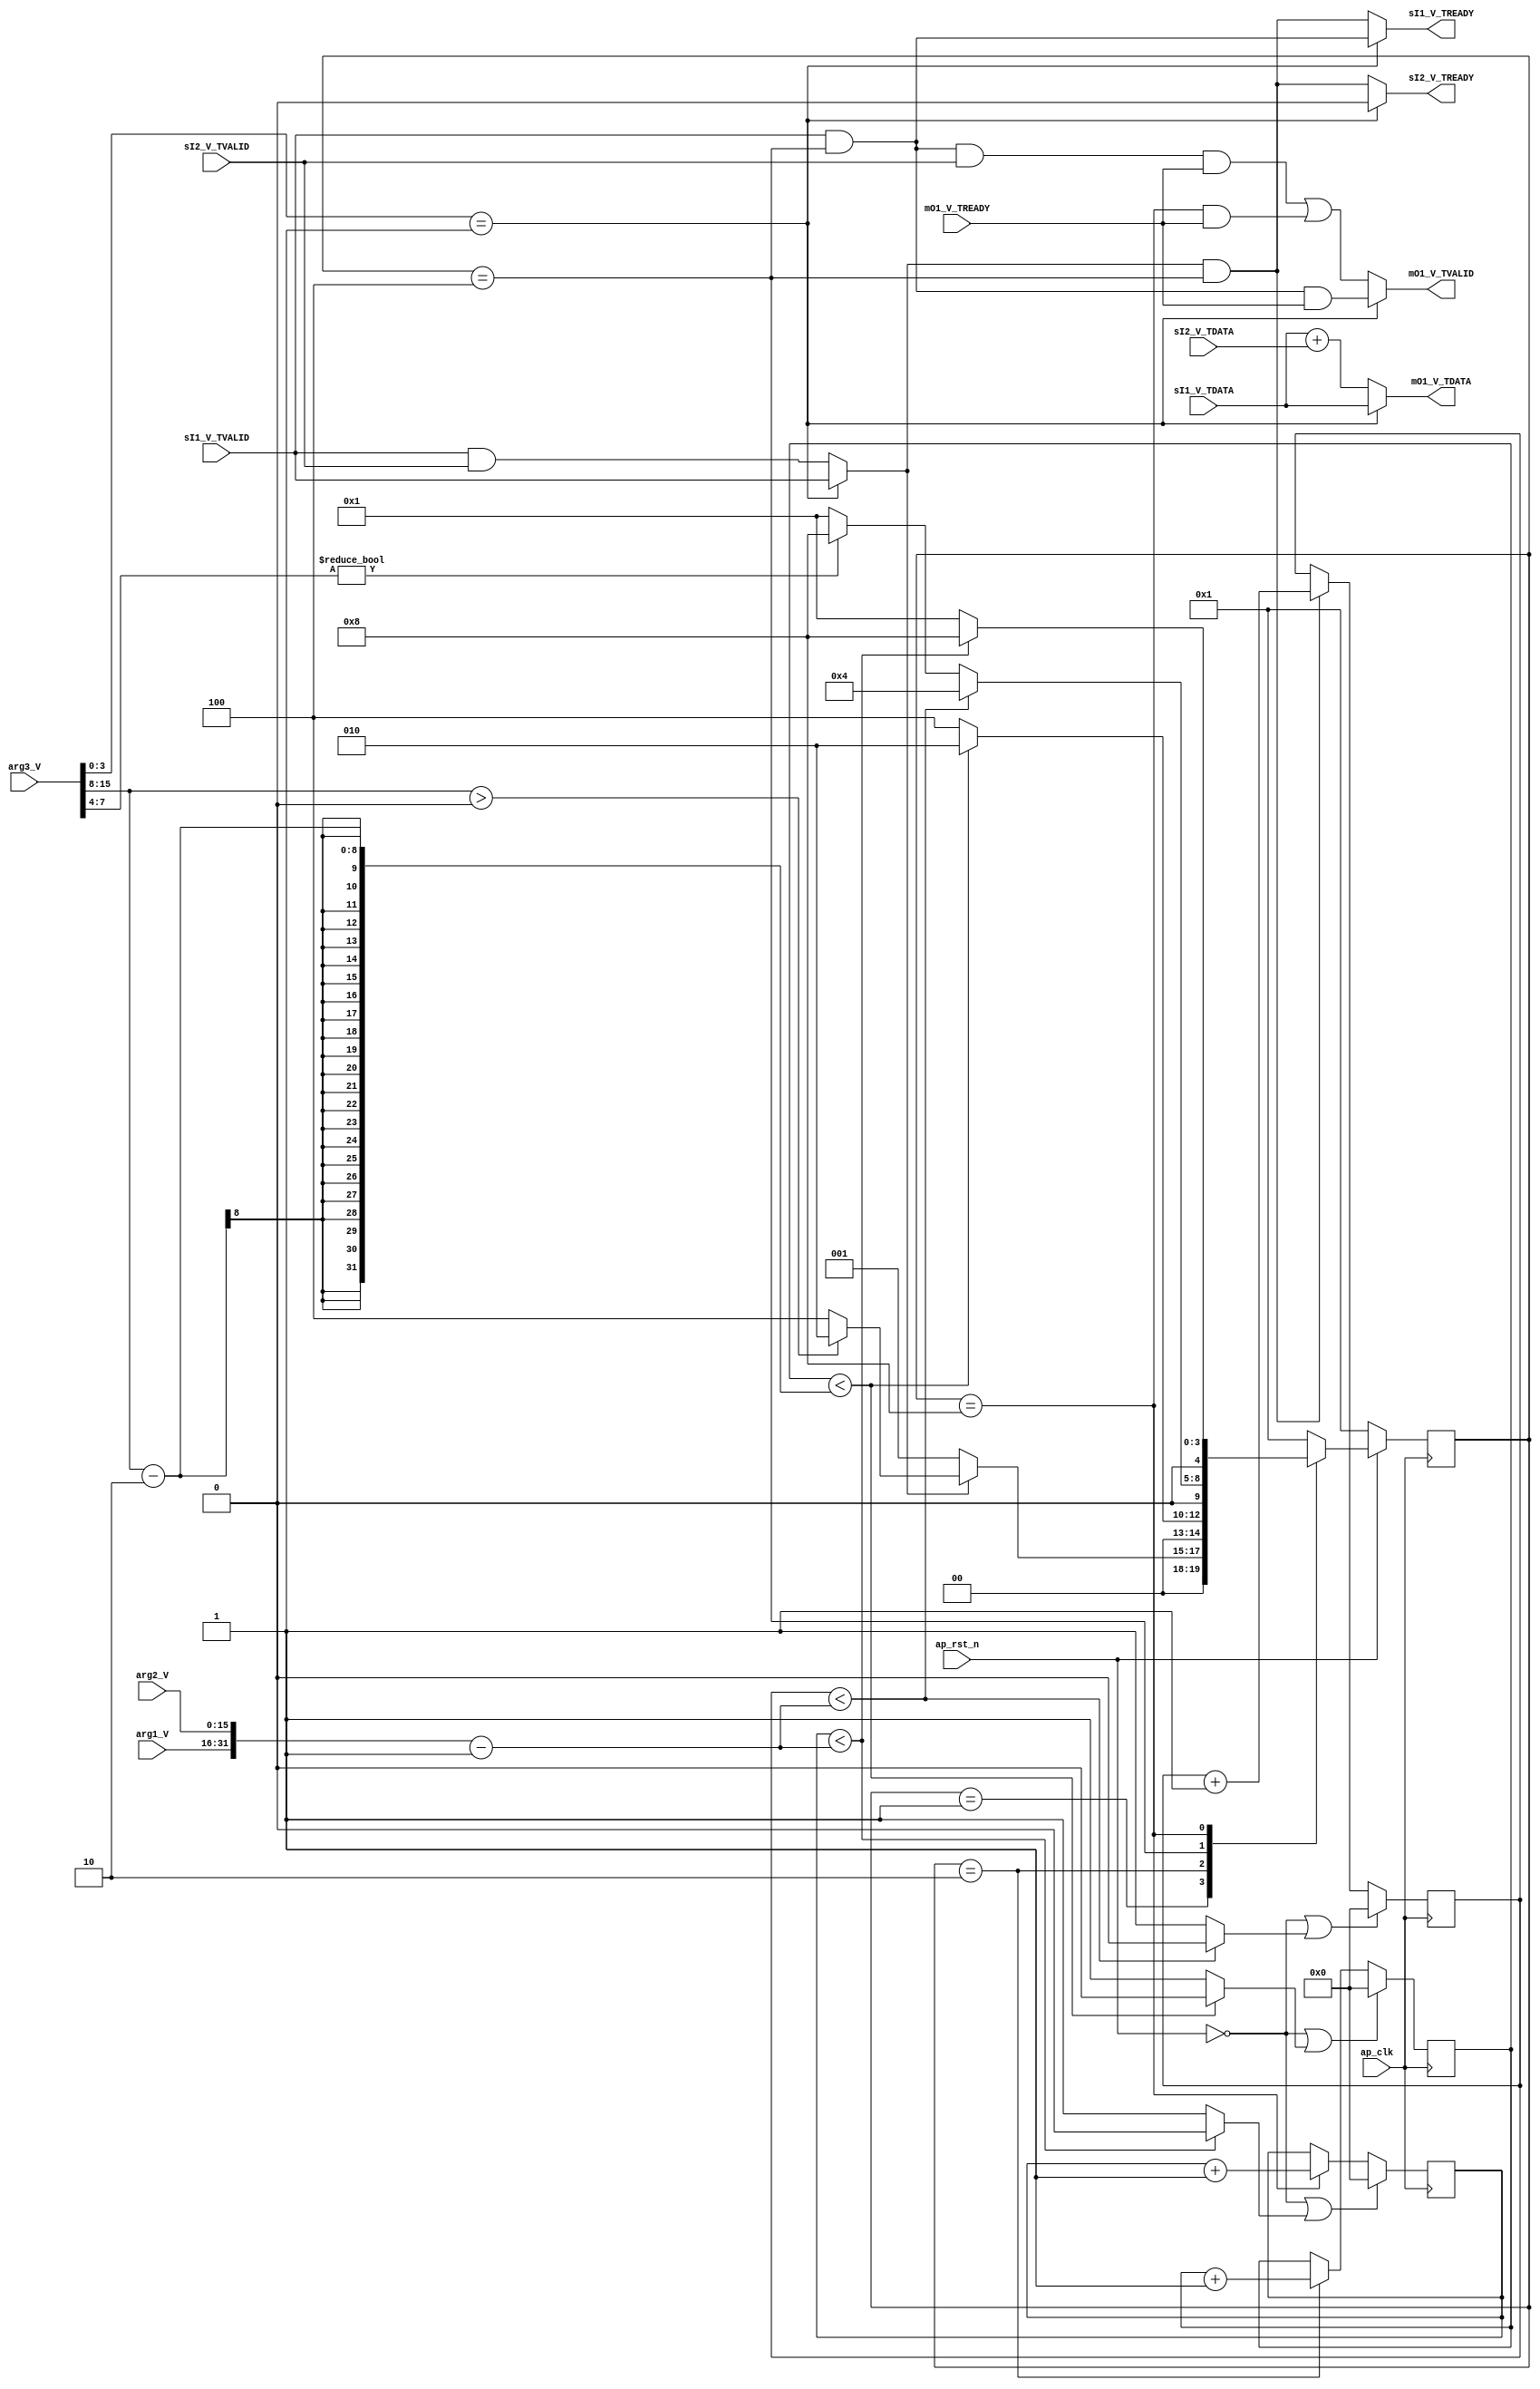
module jit_blackbox(
  output wire             sI1_V_TREADY  ,
  input  wire             sI1_V_TVALID  ,
  input  wire  [31 : 0]   sI1_V_TDATA   ,

  output wire             sI2_V_TREADY  ,
  input  wire             sI2_V_TVALID  ,
  input  wire  [31 : 0]   sI2_V_TDATA   ,

  input  wire             mO1_V_TREADY  ,
  output wire             mO1_V_TVALID  ,
  output wire  [31 : 0]   mO1_V_TDATA   ,

  input  wire  [15 : 0]   arg1_V        ,
  input  wire  [15 : 0]   arg2_V        ,
  input  wire  [15 : 0]   arg3_V        ,

  input  wire             ap_clk        ,
  input  wire             ap_rst_n
);

  wire [7:0]  wpip;
  wire [3:0]  wtype;
  wire [7:4]  wout;
  wire [31:0] wcal;

  reg [31:0] rj;
  reg [31:0] ri;
  reg [31:0] rk;

  wire pip_condition   ;
  wire cal_condition   ;
  wire out_condition   ;
  wire start_condition ;

  assign wpip  = arg3_V[15:8];
  assign wout  = arg3_V[ 7:4];
  assign wtype = arg3_V[ 3:0];

  assign sI1_V_TREADY = wtype == 1 ? sI1_V_TVALID && (state == CAL) : start_condition && (state == CAL);
  assign sI2_V_TREADY = wtype == 1 ? 1'b0 : start_condition && (state == CAL);


  assign mO1_V_TVALID = wtype == 1 ? (state == CAL && sI1_V_TVALID && mO1_V_TREADY) : ((state == CAL && sI1_V_TVALID && sI2_V_TVALID && mO1_V_TREADY) || (state == OUT && mO1_V_TREADY));
  assign mO1_V_TDATA  = wtype == 1 ? sI1_V_TDATA : sI1_V_TDATA + sI2_V_TDATA;

  assign wcal  = {{arg1_V}, {arg2_V}};

  assign pip_condition   = rj < wpip - 2 ? 0 : 1;
  assign cal_condition   = ri < wcal - 1 ? 0 : 1;
  assign out_condition   = rk < wcal - 1 ? 0 : 1;

  assign start_condition = wtype == 1 ? (sI1_V_TVALID == 1) : (sI1_V_TVALID == 1 && sI2_V_TVALID == 1);

  always @(posedge ap_clk) begin
    if (!ap_rst_n || cal_condition) begin
      ri <= 32'd0;
    end
    else begin
      if (start_condition && state == CAL) begin
        ri <= ri + 1;
      end
      else begin
        ri <= ri;
      end
    end
  end

  always @(posedge ap_clk) begin
    if (!ap_rst_n | pip_condition) begin
      rj <= 32'd0;
    end
    else begin
      if (state == PIP) begin
        rj <= rj + 1;
      end
      else begin
        rj <= rj;
      end
    end
  end

  always @(posedge ap_clk) begin
    if (!ap_rst_n || out_condition) begin
      rk <= 32'd0;
    end
    else begin
      if (state == OUT) begin
        rk <= rk + 1;
      end
      else begin
        rk <= rk;
      end
    end
  end

  localparam IDEL = 4'b0001;
  localparam PIP  = 4'b0010;
  localparam CAL  = 4'b0100;
  localparam OUT  = 4'b1000;

  reg [ 4 : 0] state, next;

  always @(posedge ap_clk) begin
    if (!ap_rst_n) begin
      state <= IDEL;
    end
    else begin
      state <= next;
    end
  end

  always @(*) begin
    next <= IDEL;

    case(state)
      IDEL : begin
        if (start_condition) begin
          if (wpip > 0) begin
            next <= PIP;
          end
          else begin
            next <= CAL;
          end
        end
        else begin
          next <= IDEL;
        end
      end

      PIP  : begin
        if (pip_condition) begin
          next <= CAL;
        end
        else begin
          next <= PIP;
        end
      end

      CAL  : begin
        if (cal_condition) begin
          if (wout) begin
            next <= OUT;
          end
          else begin
            next <= IDEL;
          end
        end
        else begin
          next <= CAL;
        end
      end

      OUT  : begin
        if (out_condition) begin
          next <= IDEL;
        end
        else begin
          next <= OUT;
        end
      end
    endcase
  end

endmodule